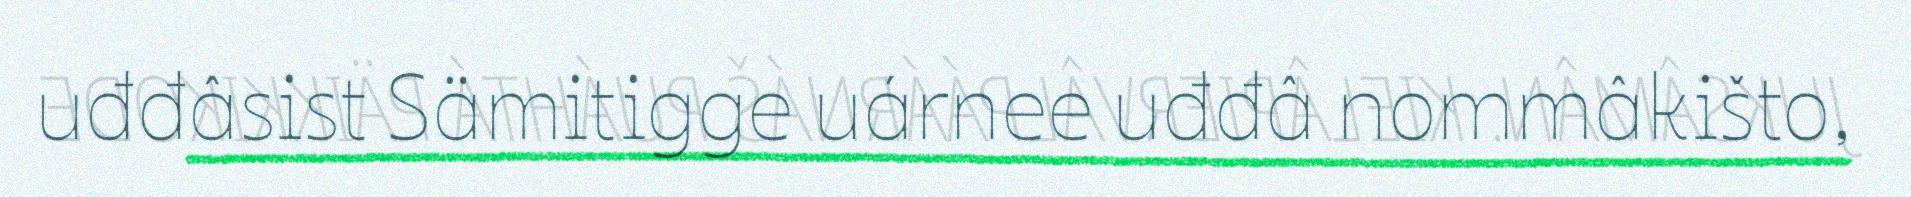
uđđâsist Sämitigge uárnee uđđâ nommâkišto,